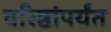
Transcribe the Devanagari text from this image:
वरिष्ठांपर्यंत